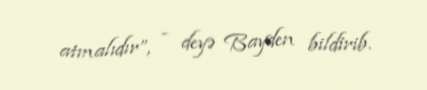
atmalıdır”, - deyə Bayden bildirib.